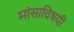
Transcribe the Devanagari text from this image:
मांसाविषयी